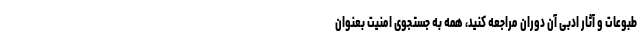
طبوعات و آثار ادبی آن دوران مراجعه کنید، همه به جستجوی امنیت بعنوان